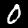
Label: 0